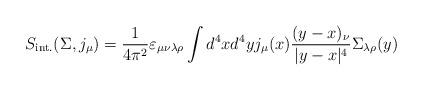
LaTeX: \begin{align*}S_{\rm int.}(\Sigma, j_\mu)=\frac{1}{4\pi^2}\varepsilon_{\mu\nu\lambda\rho}\int d^4xd^4y j_\mu(x)\frac{(y-x)_\nu}{|y-x|^4}\Sigma_{\lambda\rho}(y)\end{align*}